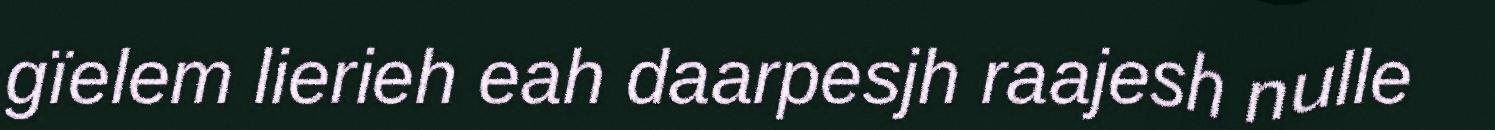
gïelem lierieh eah daarpesjh raajesh nulle